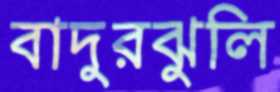
বাদুরঝুলি